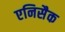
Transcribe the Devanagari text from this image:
एनिसैक